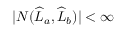
| N ( \widehat { L } _ { a } , \widehat { L } _ { b } ) | < \infty